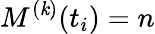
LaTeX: M^{(\mathit{k})}(t_{i})=n